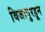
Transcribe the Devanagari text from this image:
विजापुरहून